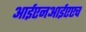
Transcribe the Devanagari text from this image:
आईएनआईएएच